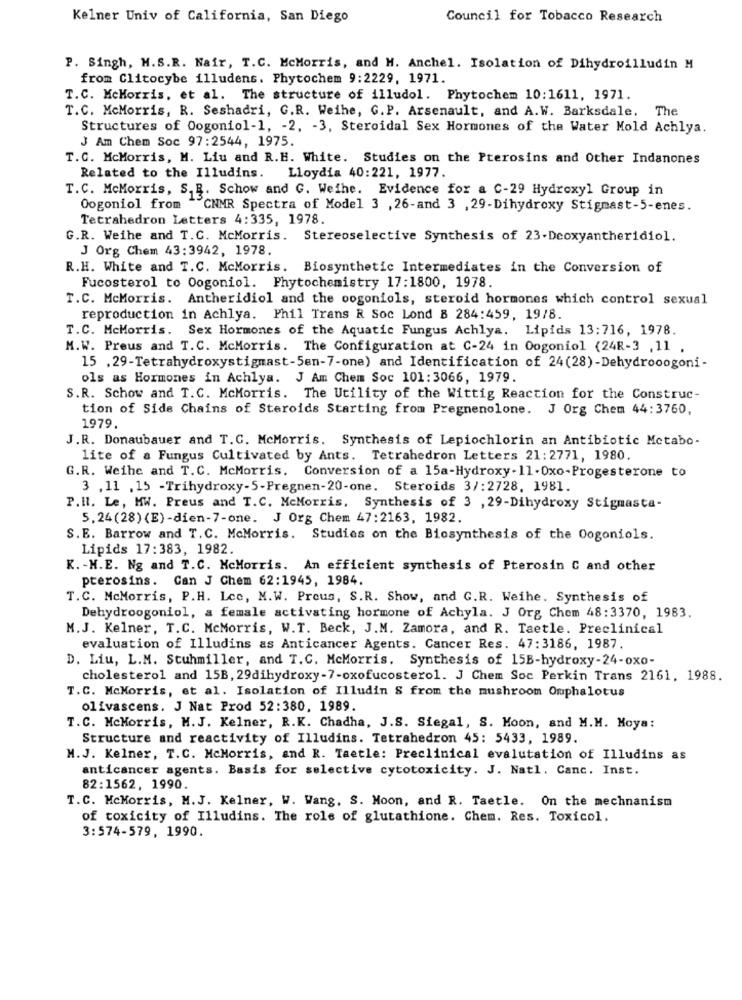
Kelner Univ of California, San Diego
Council for Tobacco Research
P. Singh, M.S.R. Nair, T.C. McMorris, and H. Anchel. Isolation of Dihydroilludin M
from Clitocybe illudens. Phytochem 9:2229, 1971.
T.C. McMorris, et al. The structure of illudol. Phytochem 10:1611, 1971.
T.C. McMorris, R. Seshadri, G.R. Weihe, G.P. Arsenault, and A. W. Barksdale. The
Structures of Oogoniol-1, - 2, - 3, Steroidal Sex Hormones of the Water Mold Achlya.
J Am Chem Soc 97:2544, 1975.
T.C. McMorris, M. Liu and R.H. White. Studies on the Pterosins and Other Indanones
Lloydia 40:221, 1977.
Related to the Illudins.
T.C. McMorris, S. R. Schow and G. Weihe. Evidence for a C-29 Hydroxyl Group in
Oogoniol from "CNMR Spectra of Model 3 , 26-and 3 , 29-Dihydroxy Stigmast-5-enes.
Tetrahedron Letters 4:335, 1978.
G.R. Weihe and T.C. McMorris. Stereoselective Synthesis of 23-Deoxyantheridiol.
J Org Chem 43:3942, 1978.
R.H. White and T.C. McMorris. Biosynthetic Intermediates in the Conversion of
Fucosterol to Oogoniol. Phytochemistry 17:1800, 1978.
T.C. McMorris. Antheridiol and the oogoniols, steroid hormones which control sexual
reproduction in Achlya. Phil Trans R Soc Lond B 284:459, 19/8.
T.C. McMorris. Sex Hormones of the Aquatic Fungus Achlya. Lipids 13:716, 1978.
M.W. Preus and T.C. McMorris. The Configuration at C-24 in Oogoniol (24R-3 , 11 .
15 .29-Tetrahydroxystigmast-5en-7-one) and Identification of 24(28)-Dehydrooogoni-
ols as Hormones in Achlya. J Am Chem Soc 101:3066, 1979.
S.R. Schow and T.C. McMorris. The Utility of the Wittig Reaction for the Construc-
tion of Side Chains of Steroids Starting from Pregnenolone. J Org Chem 44:3760,
1979.
J.R. Donaubauer and T.C. McMorris. Synthesis of Lepiochlorin an Antibiotic Metabo-
lite of a Fungus Cultivated by Ants. Tetrahedron Letters 21: 2771, 1980.
G.R. Weihe and T.C. McMorris. Conversion of a 15a-Hydroxy-11-0xo-Progesterone to
3 ,11 .15 -Trihydroxy-5-Pregnen-20-one. Steroids 3/:2728. 1981.
P.Il. Le, MW. Preus and T.C. McMorris, Synthesis of 3 , 29-Dihydroxy Stigmasta-
5.24(28) (E)-dien-7-one. J Org Chem 47:2163, 1982.
S.E. Barrow and T.C. McMorris. Studies on the Biosynthesis of the Oogoniols.
Lipids 17:383, 1982.
K. - H.E. Ng and T.C. McMorris. An efficient synthesis of Pterosin C and other
pterosins. Can J Chem 62:1945, 1984.
T.C. McMorris, P.H. Lee, M.W. Preus, S.R. Show, and G.R. Weihe. Synthesis of
Dehydroogoniol, a female activating hormone of Achyla. J Org Chem 48:3370, 1983.
M.J. Kelner, T.C. McMorris, W.T. Beck, J.M. Zamora, and R. Taetle. Preclinical
evaluation of Illudins as Anticancer Agents. Cancer Res. 47:3186, 1987.
D. Liu, L.M. Stuhmiller, and T.C. McMorris. Synthesis of 15B-hydroxy-24-oxo-
cholesterol and 15B, 29dihydroxy-7-oxofucosterol. J Chem Soc Perkin Trans 2161, 1988.
T.C. McMorris, et al. Isolation of Illudin S from the mushroom Omphalotus
olivascens. J Nat Prod 52:380, 1989.
T.C. McMorris, M.J. Kelner, R.K. Chadha, J.S. Siegal, S. Moon, and M.M. Moya:
Structure and reactivity of Illudins. Tetrahedron 45: 5433, 1989.
M.J. Kelner, T.C. McMorris, and R. Taetle: Preclinical evalutation of Illudins as
anticancer agents. Basis for selective cytotoxicity. J. Natl. Canc. Inst.
82:1562, 1990.
T.C. McMorris, M.J. Kelner, W. Wang, S. Moon, and R. Taetle. On the mechanism
of toxicity of Illudins. The role of glutathione. Chem. Res. Toxicol.
3:574-579, 1990.